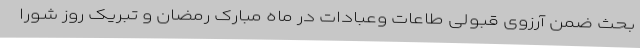
بحث ضمن آرزوی قبولی طاعات وعبادات در ماه مبارک رمضان و تبریک روز شورا